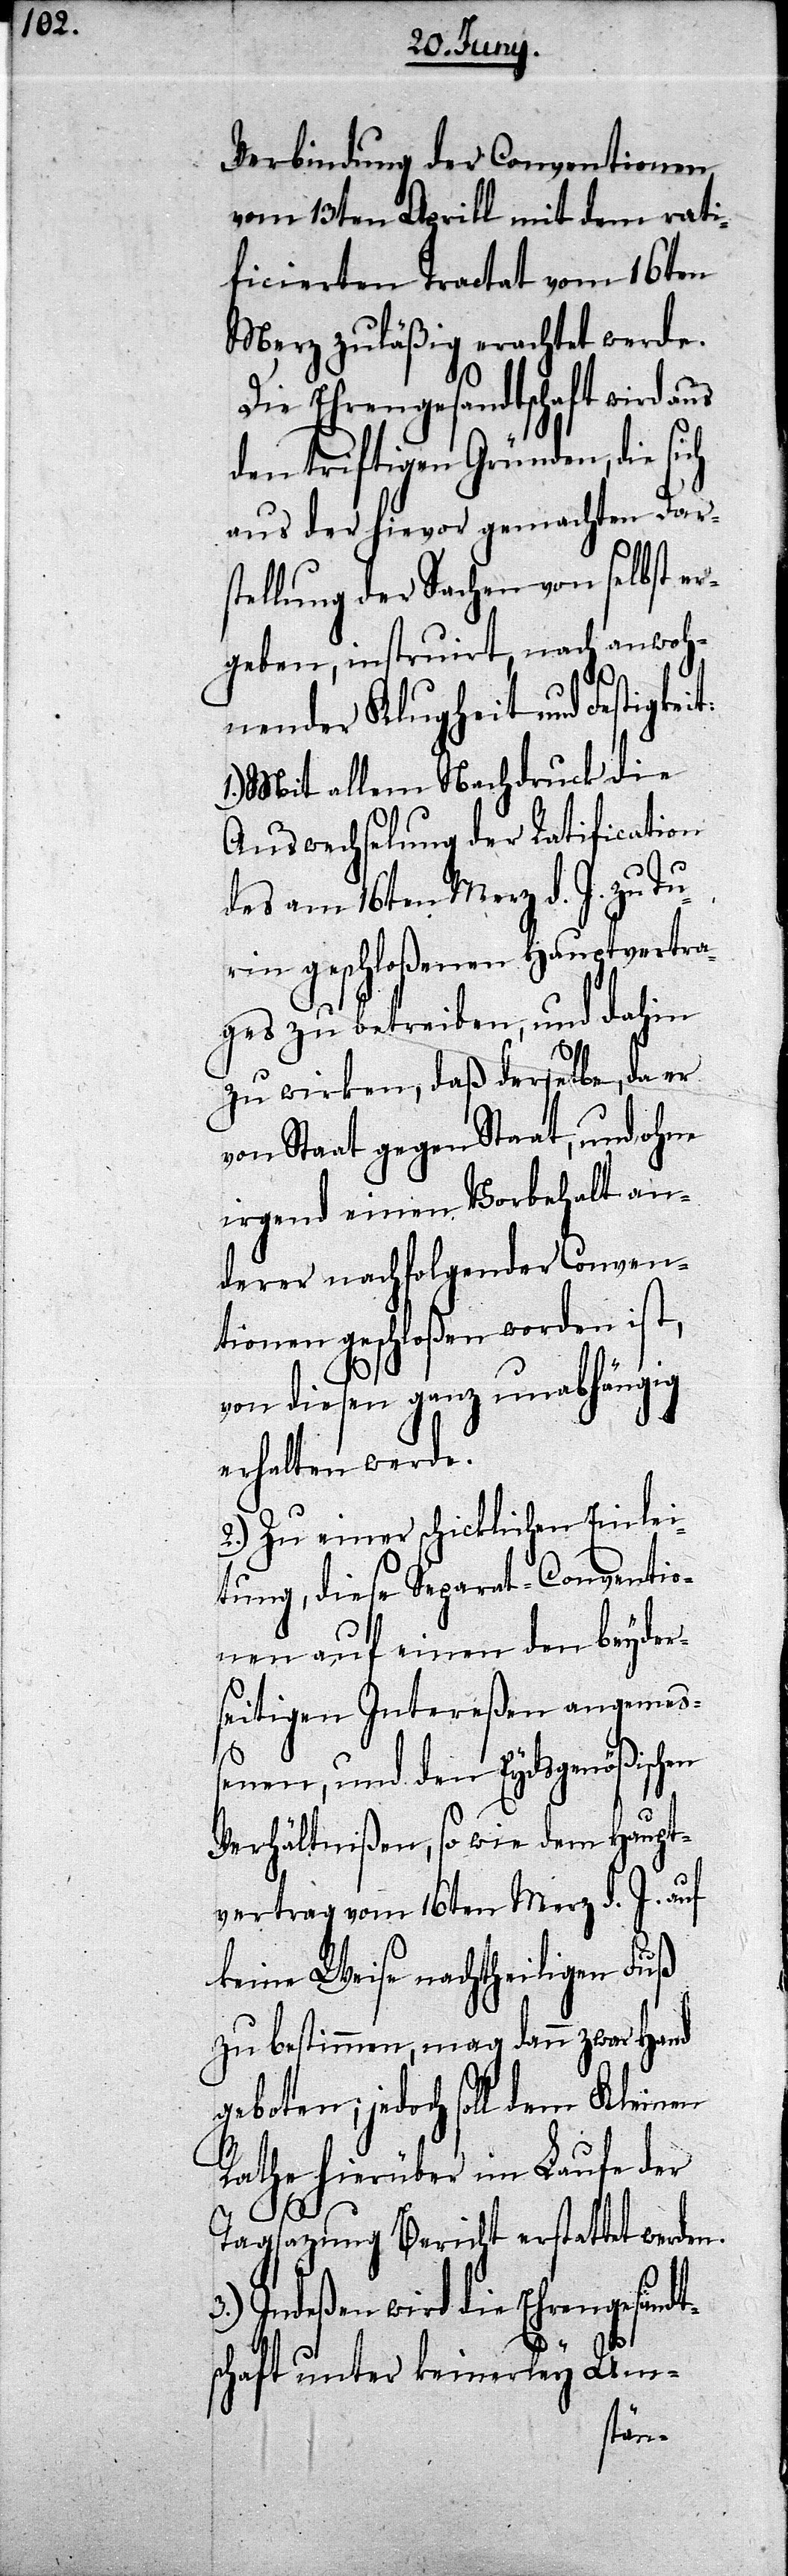
Verbindung der Conventionen
vom 13ten Aprill mit dem rati¬
ficierten Tractat vom 16ten
Merz zuläßig erachtet werde.
Die Ehrengesandtschaft wird aus
den triftigen Gründen, die sich
aus der hievor gemachten Dar¬
stellung der Sachen von selbst er¬
geben, instruirt, nach anwoh¬
nender Klugheit und Festigke¬
Mit allem Nachdruck die
Auswechselung der Ratification
des am 16ten Merz d. J. zu Tu¬
rin geschloßenen Hauptvertra¬
ges zu betreiben, und dahin
zu wirken, daß derselbe, da er
von Staat gegen Staat und ohne
irgend einen Vorbehalt an¬
derer nachfolgender Conven¬
tionen geschloßen worden ist,
von diesen ganz unabhängig
erhalten werde.
2.) Zu einer schicklichen Einlei¬
tung, diese Separat-Conventio¬
nen auf einen den beyder¬
seitigen Intereßen angemeß¬
enen, und den Eydsgenößischen
Verhältnißen, so wie dem Haupt¬
en Fuß
vertrag vom 16ten Merz d.
keine Weise nachtheilig¬
zu bestimmen, mag denn zwar Hand
geboten; jedoch soll dem
Rathe hierüber im Laufe der
Tagsazung Bericht erstattet werden.
Indeßen wird die Ehrengesandt¬
schaft unter keinerley Um-
it: